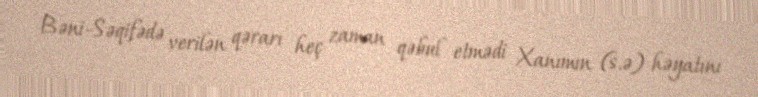
Bəni-Səqifədə verilən qərarı heç zaman qəbul etmədi Xanımın (s.ə) həyatını